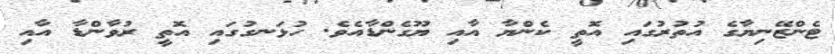
ޓެންޒޭނިޔާގެ އުތުރުގައި އޮތީ ކެންޔާ އާއި ޔޫގެންޑާއެވެ. ހުޅަނގުގައި އޮތީ ރުވާންޑާ އާއި